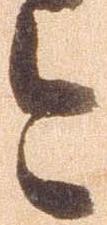
今